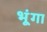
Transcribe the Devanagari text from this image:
भूंगा